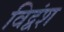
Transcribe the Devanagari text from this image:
विद्वंश